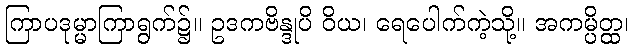
ကြာပဒုမ္မာကြာရွက်၌။ ဥဒကဗိန္ဒုပိ ဝိယ၊ ရေပေါက်ကဲ့သို့။ အကမ္ပိတ္ထ၊